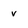
Character: v